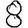
Digit: 8